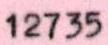
12735